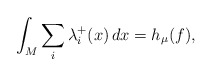
\begin{align*} \int_M \sum_i \lambda_i^+(x)\, dx= h_\mu(f),\end{align*}